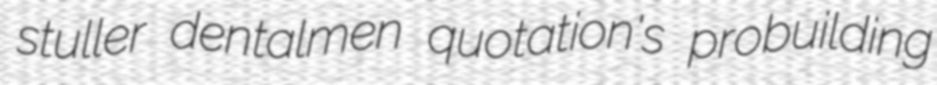
stuller dentalmen quotation's probuilding